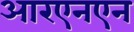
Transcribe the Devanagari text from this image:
आरएनएन